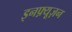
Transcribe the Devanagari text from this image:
इनफ़्यूज़न